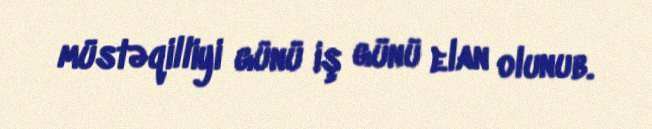
müstəqilliyi günü iş günü elan olunub.